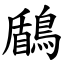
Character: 鶞